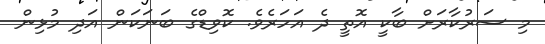
މި ސަރުކާރަށް ބާކީ އޮތީ ދެ އަހަރެވެ. ކޮވިޑްގެ ބަނަކަން އަދި މުޅިން